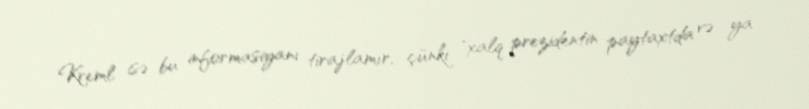
Kreml isə bu informasiyanı tirajlamır, çünki "xalq prezidentin paytaxtda və ya